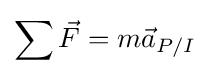
\sum {\vec {F}}=m{\vec {a}}_{P/I}